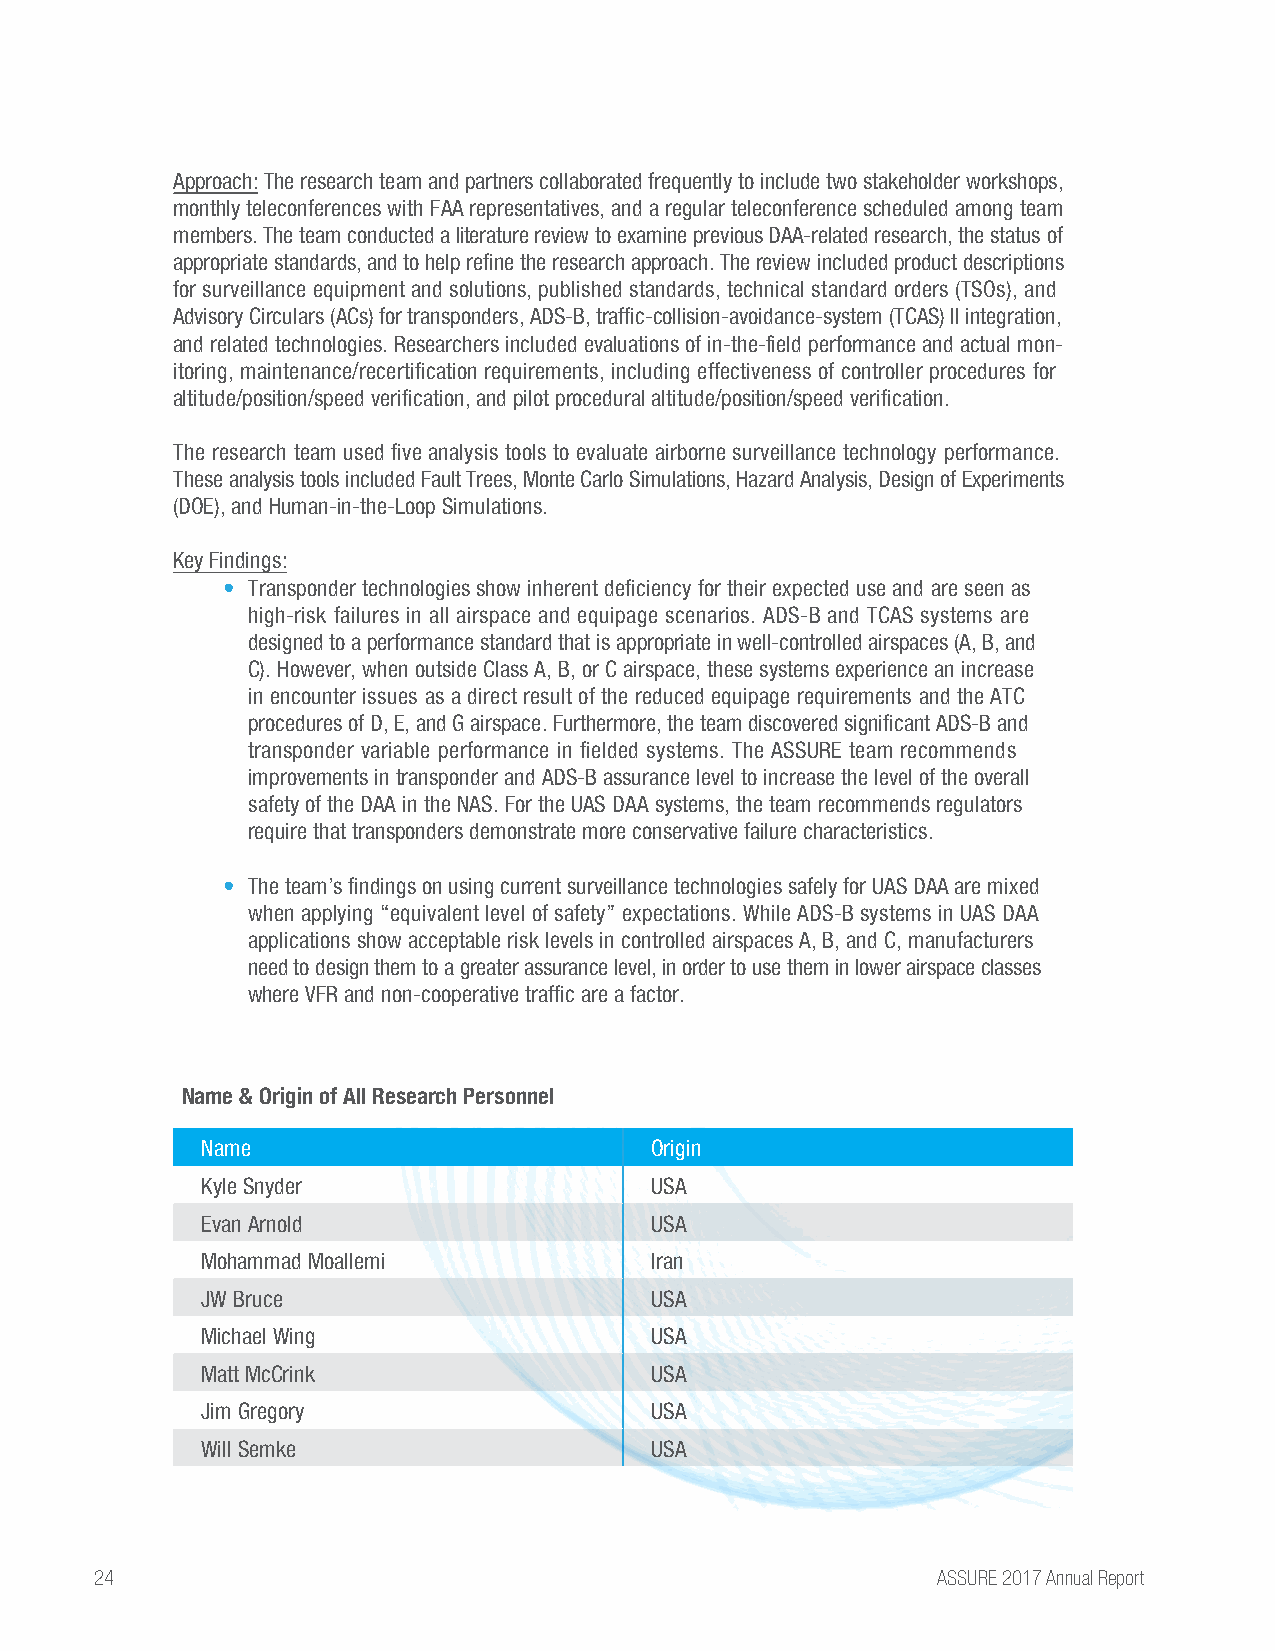
Approach: The research team and partners collaborated frequently to include two stakeholder workshops,
 monthly teleconferences with FAA representatives, and a regular teleconference scheduled among team
 members. The team conducted a literature review to examine previous DAA-related research, the status of
 appropriate standards, and to help refine the research approach. The review included product descriptions
 for surveillance equipment and solutions, published standards, technical standard orders (TSOs), and
 Advisory Circulars (ACs) for transponders, ADS-B, traffic-collision-avoidance-system (TCAS) II integration,
 and related technologies. Researchers included evaluations of in-the-field performance and actual mon-
 itoring, maintenance/recertification requirements, including effectiveness of controller procedures for
 altitude/position/speed verification, and pilot procedural altitude/position/speed verification.
 The research team used five analysis tools to evaluate airborne surveillance technology performance.
 These analysis tools included Fault Trees, Monte Carlo Simulations, Hazard Analysis, Design of Experiments
 (DOE), and Human-in-the-Loop Simulations.
 Key Findings:
 • Transponder technologies show inherent deficiency for their expected use and are seen as
 high-risk failures in all airspace and equipage scenarios. ADS-B and TCAS systems are
 designed to a performance standard that is appropriate in well-controlled airspaces (A, B, and
 C). However, when outside Class A, B, or C airspace, these systems experience an increase
 in encounter issues as a direct result of the reduced equipage requirements and the ATC
 procedures of D, E, and G airspace. Furthermore, the team discovered significant ADS-B and
 transponder variable performance in fielded systems. The ASSURE team recommends
 improvements in transponder and ADS-B assurance level to increase the level of the overall
 safety of the DAA in the NAS. For the UAS DAA systems, the team recommends regulators
 require that transponders demonstrate more conservative failure characteristics.
 • The team’s findings on using current surveillance technologies safely for UAS DAA are mixed
 when applying “equivalent level of safety” expectations. While ADS-B systems in UAS DAA
 applications show acceptable risk levels in controlled airspaces A, B, and C, manufacturers
 need to design them to a greater assurance level, in order to use them in lower airspace classes
 where VFR and non-cooperative traffic are a factor.
 Name & Origin of All Research Personnel
 Name                          Origin
 Kyle Snyder                   USA
 Evan Arnold                   USA
 Mohammad Moallemi             Iran
 JW Bruce                      USA
 Michael Wing                  USA
 Matt McCrink                  USA
 Jim Gregory                   USA
 Will Semke                    USA
 24                                                      ASSURE 2017 Annual Report